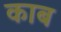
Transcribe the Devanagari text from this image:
काब